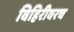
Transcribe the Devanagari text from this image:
विहिरीवरच